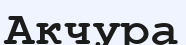
Акчура